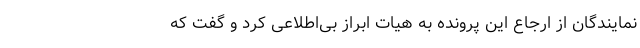
نمایندگان از ارجاع این پرونده به هیات ابراز بی‌اطلاعی کرد و گفت که